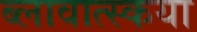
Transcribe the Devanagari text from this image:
ब्लावात्स्कया